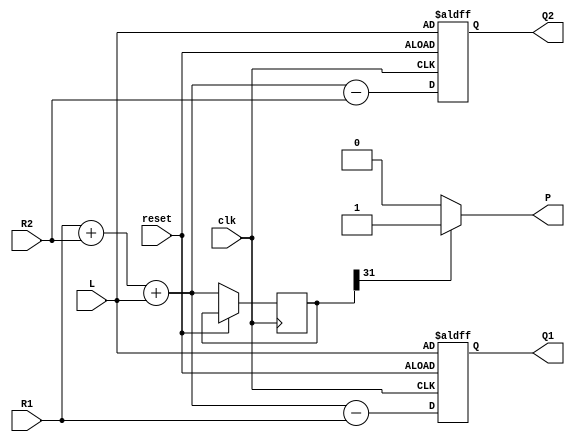
module VNU_2(
output reg signed [31:0] Q1,
output reg signed [31:0] Q2,
input  signed [31:0] R1,
input  signed [31:0] R2,
input  signed [31:0] L,
output P,
input clk,
input reset);

reg signed [31:0] P_sample;



assign P = P_sample[31] ? 1'b1 : 1'b0;


always@(posedge clk or posedge reset)
begin
if (reset)
begin
Q1 = L;
Q2 = L;
end
else
begin
P_sample = R1 + R2 + L;
Q1 = P_sample - R1;
Q2 = P_sample - R2;
end
end
endmodule